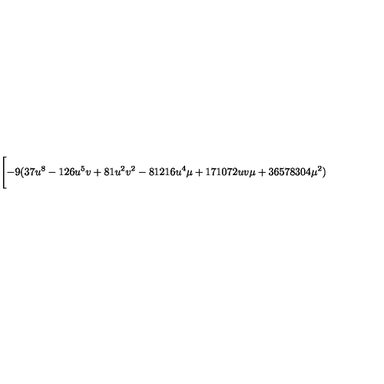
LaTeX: \Biggl [ - 9 ( 3 7 u ^ { 8 } - 1 2 6 u ^ { 5 } v + 8 1 u ^ { 2 } v ^ { 2 } - 8 1 2 1 6 u ^ { 4 } \mu + 1 7 1 0 7 2 u v \mu + 3 6 5 7 8 3 0 4 { \mu } ^ { 2 } )